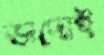
ভাদোই